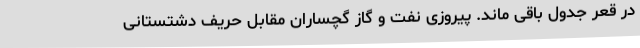
در قعر جدول باقی ماند. پیروزی نفت و گاز گچساران مقابل حریف دشتستانی